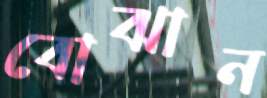
বোঝান